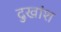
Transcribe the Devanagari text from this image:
दुखांश